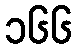
၁၆၆